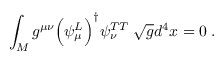
\int _ { M } g ^ { \mu \nu } \Bigr ( \psi _ { \mu } ^ { L } \Bigr ) ^ { \dagger } \psi _ { \nu } ^ { T T } \; \sqrt { g } d ^ { 4 } x = 0 \; .